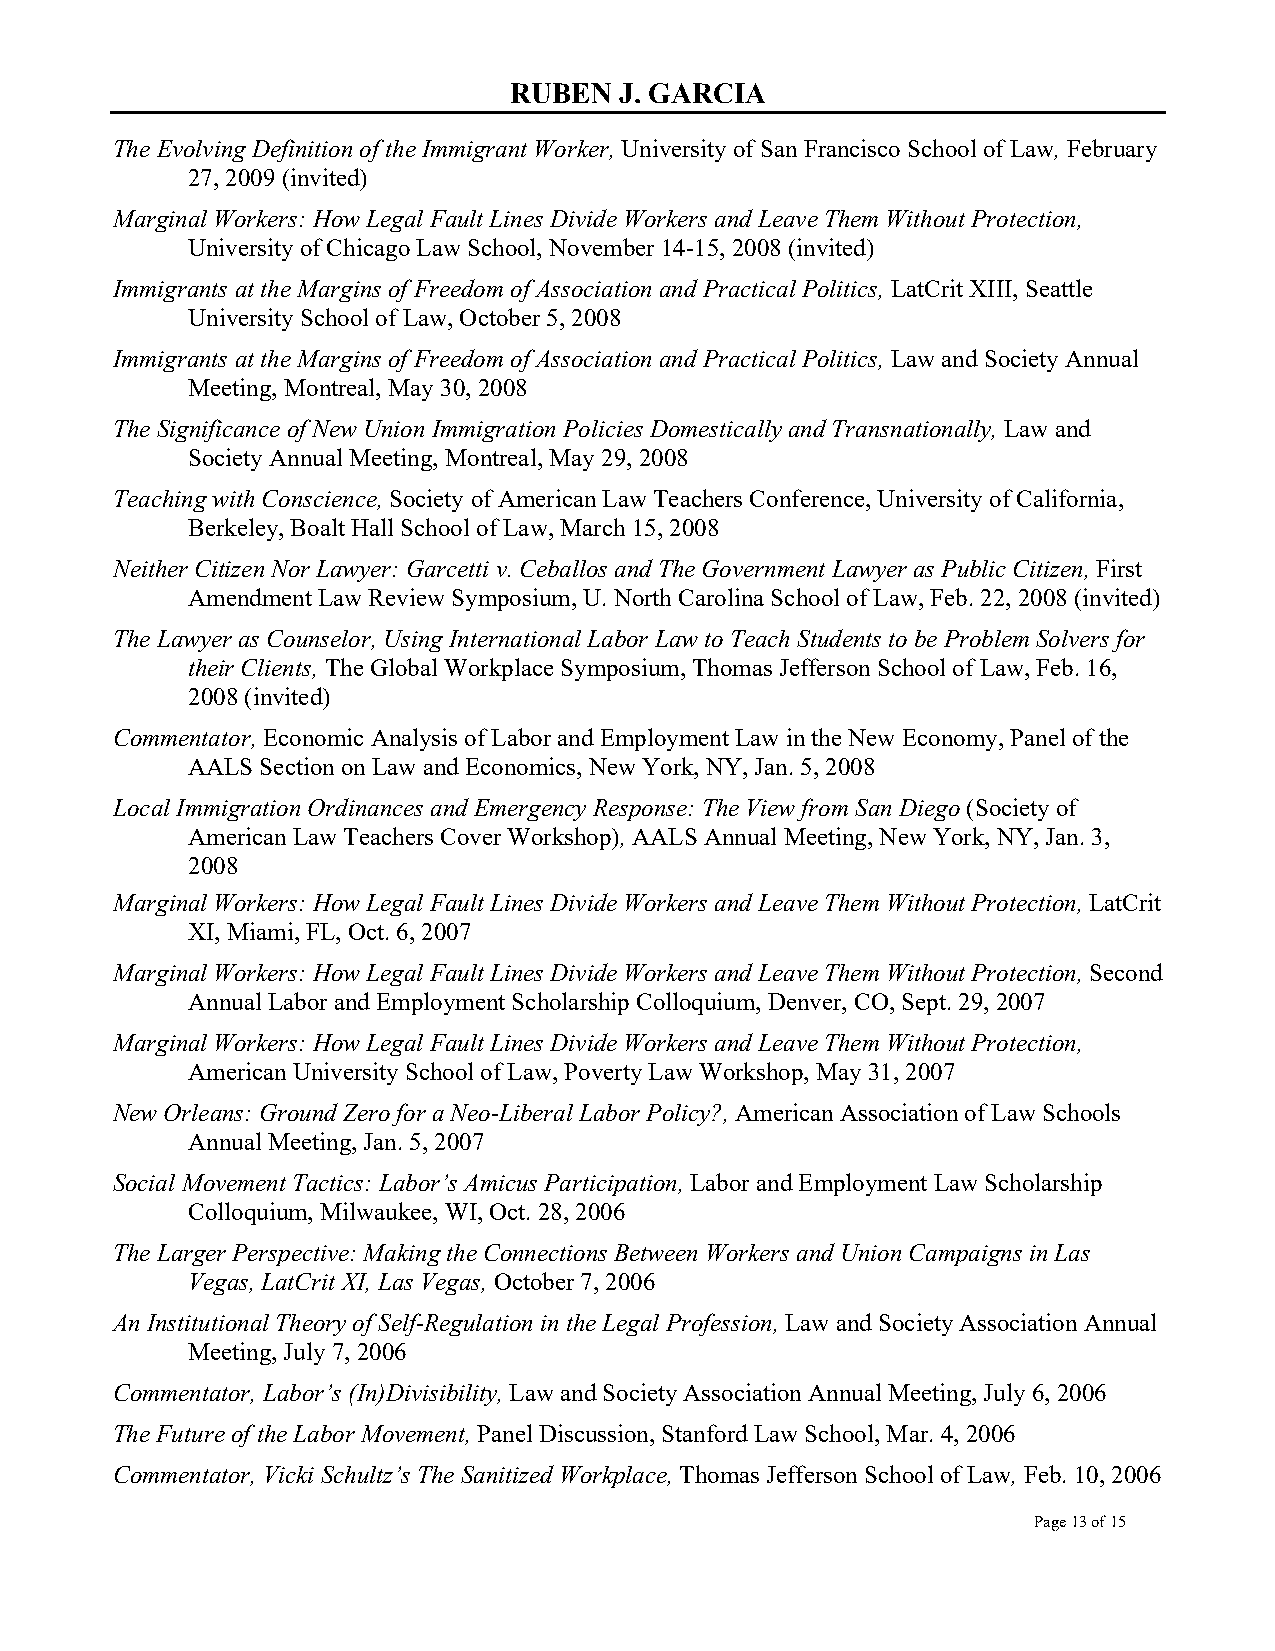
RUBEN  J. GARCIA
 The Evolving Definition of the Immigrant Worker, University of San Francisco School of Law, February
 27, 2009 (invited)
 Marginal Workers: How Legal Fault Lines Divide Workers and Leave Them Without Protection,
 University of Chicago Law School, November 14-15, 2008 (invited)
 Immigrants at the Margins of Freedom of Association and Practical Politics, LatCrit XIII, Seattle
 University School of Law, October 5, 2008
 Immigrants at the Margins of Freedom of Association and Practical Politics, Law and Society Annual
 Meeting, Montreal, May 30, 2008
 The Significance of New Union Immigration Policies Domestically and Transnationally, Law and
 Society Annual Meeting, Montreal, May 29, 2008
 Teaching with Conscience, Society of American Law Teachers Conference, University of California,
 Berkeley, Boalt Hall School of Law, March 15, 2008
 Neither Citizen Nor Lawyer: Garcetti v. Ceballos and The Government Lawyer as Public Citizen, First
 Amendment Law Review Symposium, U. North Carolina School of Law, Feb. 22, 2008 (invited)
 The Lawyer as Counselor, Using International Labor Law to Teach Students to be Problem Solvers for
 their Clients, The Global Workplace Symposium, Thomas Jefferson School of Law, Feb. 16,
 2008 (invited)
 Commentator, Economic Analysis of Labor and Employment Law in the New Economy, Panel of the
 AALS Section on Law and Economics, New York, NY, Jan. 5, 2008
 Local Immigration Ordinances and Emergency Response: The View from San Diego (Society of
 American Law Teachers Cover Workshop), AALS Annual Meeting, New York, NY, Jan. 3,
 2008
 Marginal Workers: How Legal Fault Lines Divide Workers and Leave Them Without Protection, LatCrit
 XI, Miami, FL, Oct. 6, 2007
 Marginal Workers: How Legal Fault Lines Divide Workers and Leave Them Without Protection, Second
 Annual Labor and Employment Scholarship Colloquium, Denver, CO, Sept. 29, 2007
 Marginal Workers: How Legal Fault Lines Divide Workers and Leave Them Without Protection,
 American University School of Law, Poverty Law Workshop, May 31, 2007
 New Orleans: Ground Zero for a Neo-Liberal Labor Policy?, American Association of Law Schools
 Annual Meeting, Jan. 5, 2007
 Social Movement Tactics: Labor’s Amicus Participation, Labor and Employment Law Scholarship
 Colloquium, Milwaukee, WI, Oct. 28, 2006
 The Larger Perspective: Making the Connections Between Workers and Union Campaigns in Las
 Vegas, LatCrit XI, Las Vegas, October 7, 2006
 An Institutional Theory of Self-Regulation in the Legal Profession, Law and Society Association Annual
 Meeting, July 7, 2006
 Commentator, Labor’s (In)Divisibility, Law and Society Association Annual Meeting, July 6, 2006
 The Future of the Labor Movement, Panel Discussion, Stanford Law School, Mar. 4, 2006
 Commentator, Vicki Schultz’s The Sanitized Workplace, Thomas Jefferson School of Law, Feb. 10, 2006
 Page 13 of 15